Report on vaccination in Madras 1877-1894 - 1877-1894
Year: 1877
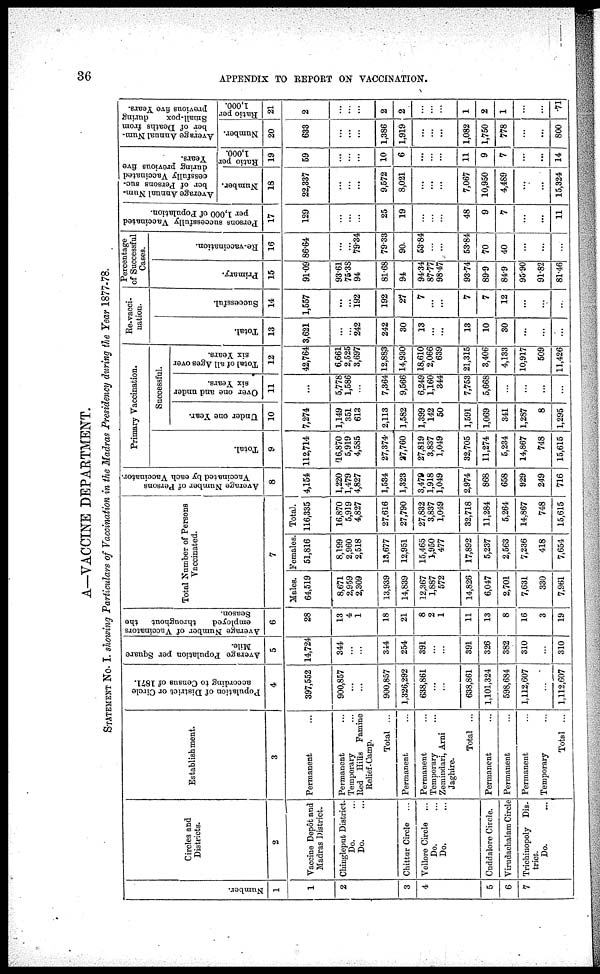
36
APPENDIX TO REPORT ON VACCINATION.
A—VACCINE DEPARTMENT.
STATEMENT No. I. showing Particulars of Vaccination in the Madras Presidency during the Year 1877-78.
Number.
1
1
2
3
4
5
6
7
Circles and
Districts.
2
Vaccine Depôt and
Madras District.
Chingleput District.
Do. ...
Do. ...
Chittur Circle ...
Vellore Circle ...
Do. ...
Do. ...
Cuddalore Circle.
Virudachalam Circle
Trichinopoly Dis¬
trict.
Do. ...
Establishment.
3
Permanent ...
Permanent ...
Temporary ...
Red Hills Famine
Relief-Camp.
Total ...
Permanent ...
Permanent ...
Temporary ...
Zemindari, Arni
Jaghire.
Total ...
Permanent ...
Permanent ...
Permanent ...
Temporary ...
Total ...
Population of District or Circle
according to Census of 1871.
4
397,552
900,857
...
...
900,857
1,326,292
638,861
...
...
638,861
1,101,324
598,684
1,112,607
...
1,112,607
Average Population per Square
Mile.
5
14,724
344
...
...
344
254
391
...
...
391
326
382
310
...
310
Average Number of Vaccinators
employed
throughout the
Season.
6
28
13
4
1
18
21
8
2
1
11
13
8
16
3
19
Total Number of Persons
Vaccinated.
7
Males.
64,519
8,671
2,959
2,309
13,939
14,839
12,367
1,887
572
14,826
6,047
2,701
7,631
330
7,961
Females.
51,816
8,199
2,960
2,518
13,677
12,951
15,465
1,950
477
17,892
5,237
2,563
7,236
418
7,654
Total.
116,335
16,870
5,919
4,827
27,616
27,790
27,832
3,837
1,049
32,718
11,284
5,264
14,867
748
15,615
Average Number of Persons
Vaccinated by each Vaccinator.
8
4,154
1,220
1,479
4,827
1,534
1,323
3,479
1,918
1,049
2,974
868
658
929
249
716
Primary Vaccination.
Total.
9
112,714
16,870
5,919
4,585
27,374
27,760
27,819
3,837
1,049
32,705
11,274
5,234
14,867
748
15,615
Successful.
Under one Year.
10
7,274
1,149
351
613
2,113
1,582
1,399
142
50
1,591
1,069
341
1,287
8
1,295
Over one and under
six Years.
11
...
5,778
1,586
...
7,364
9,566
6,249
1,160
344
7,753
5,668
...
...
...
...
Total of all Ages over
six Years.
12
42,764
6,661
2,525
3,697
12,883
14,930
18,610
2,066
639
21,315
3,406
4,133
10,917
509
11,426
Re-vacci¬
nation.
Total.
13
3,621
...
...
242
242
30
13
...
...
13
10
30
...
...
...
Successful.
14
1,557
...
...
192
192
27
7
...
...
7
7
12
...
...
...
Percentage
of Successful
Cases.
Primary.
15
91.09
93.61
75.38
94
81.68
94
94.34
87.77
98.47
93.74
89.9
84.9
95.90
91.82
81.46
Re-vaccination.
16
86.64
...
...
79.34
79.33
90
53.84
...
...
53.84
70
40
...
...
...
Persons successfully Vaccinated
per 1,000 of Population.
17
129
...
...
...
25
19
...
...
...
48
9
7
...
...
11
Average Annual Num-
ber of Persons suc-
cessfully Vaccinated
during previous five
Years.
Number.
18
22,337
...
...
...
9,572
8,021
...
...
...
7,067
10,950
4,489
...
...
15,324
Ratio per
1,000.
19
59
...
...
...
10
6
...
...
...
11
9
7
...
...
14
Average Annual Num-
ber of Deaths from
Small-pox
during
previous five Years.
Number.
20
633
...
...
...
1,386
1,919
...
...
...
1,082
1,750
778
...
...
800
Ratio per
1,000.
21
2
...
...
...
2
2
...
...
...
1
2
1
...
...
71